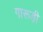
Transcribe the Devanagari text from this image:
गारूड़ी